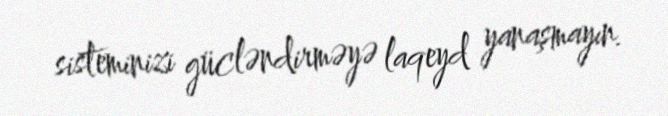
sisteminizi gücləndirməyə laqeyd yanaşmayın.